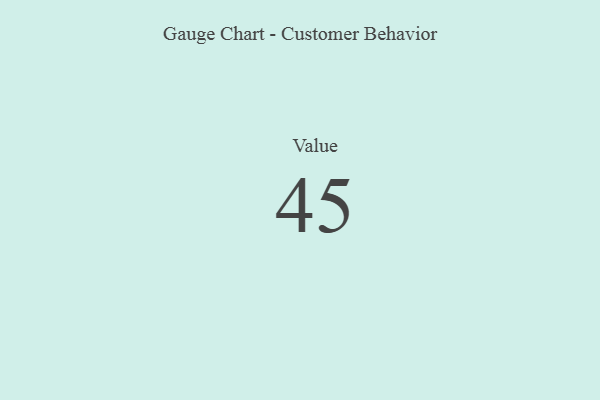
{"axis": {"x": "Metric", "y": "Value"}, "legend": [""], "data": [{"x": "Value", "y": 45, "type": ""}]}